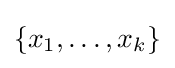
\{x_{1},\dots ,x_{k}\}